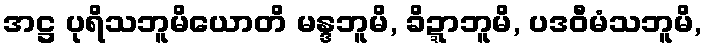
အဋ္ဌ ပုရိသဘူမိယောတိ မန္ဒဘူမိ, ခိဍ္ဍာဘူမိ, ပဒဝီမံသဘူမိ,